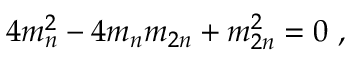
4 m _ { n } ^ { 2 } - 4 m _ { n } m _ { 2 n } + m _ { 2 n } ^ { 2 } = 0 ~ ,